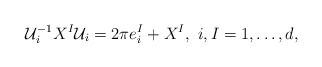
\begin{align*}{\cal U}_i^{-1} X^I {\cal U}_i = 2\pi e^I_i + X^I,~i,I= 1,\ldots,d,\end{align*}